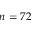
n = 7 2